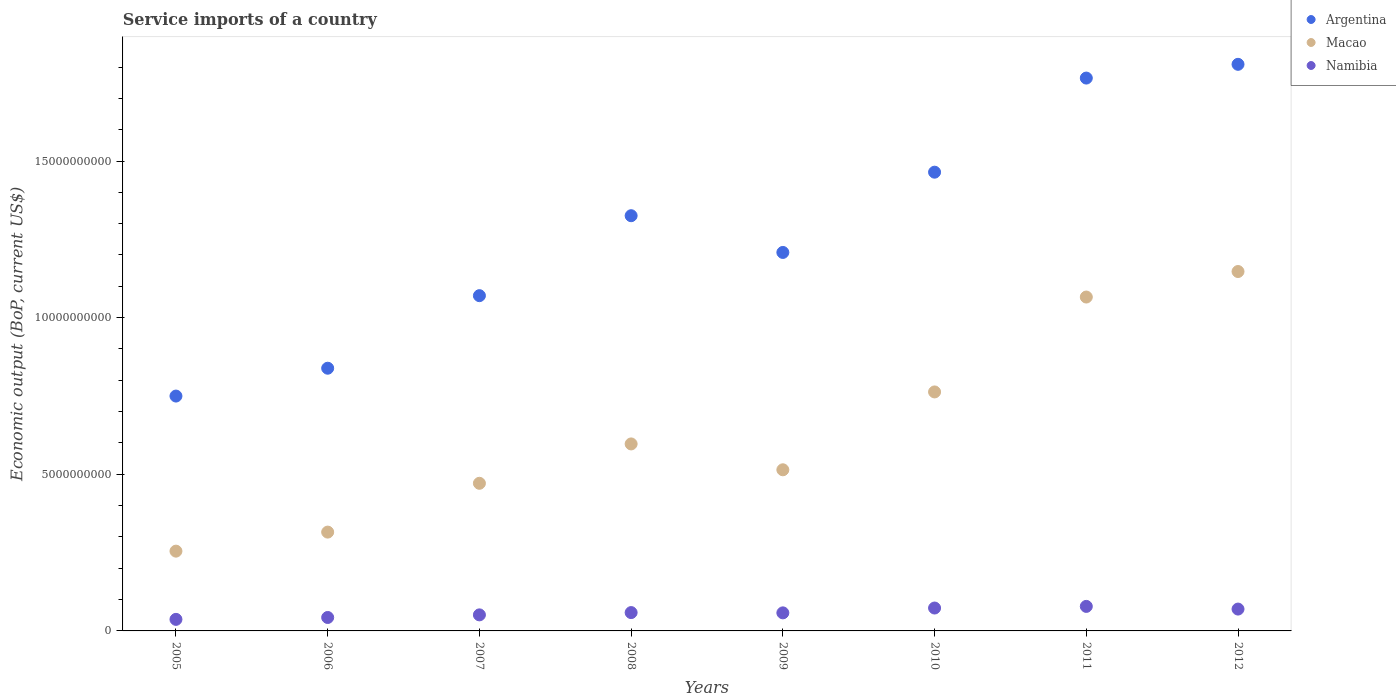
| Years | Argentina | Macao | Namibia |
 | --- | --- | --- | --- |
 | 2005 | 7.5e+09 | 2.55e+09 | 3.69e+08 |
 | 2006 | 8.39e+09 | 3.15e+09 | 4.29e+08 |
 | 2007 | 1.07e+10 | 4.71e+09 | 5.12e+08 |
 | 2008 | 1.33e+10 | 5.97e+09 | 5.85e+08 |
 | 2009 | 1.21e+10 | 5.14e+09 | 5.76e+08 |
 | 2010 | 1.46e+10 | 7.63e+09 | 7.31e+08 |
 | 2011 | 1.76e+10 | 1.07e+10 | 7.83e+08 |
 | 2012 | 1.81e+10 | 1.15e+10 | 6.97e+08 |